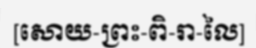
[សោយ-ព្រះ-ពិ-រា-លៃ]